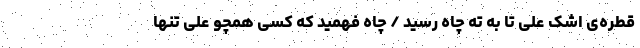
قطره‌ی اشک علی تا به ته چاه رسید / چاه فهمید که کسی همچو علی تنها